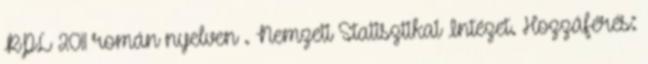
RPL 2011 román nyelven . Nemzeti Statisztikai Intézet. Hozzáférés: